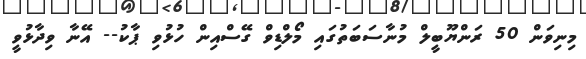
މިނިވަން 50 ރަންޔޫބީލް މުނާސަބަތުގައި މޯލްޑިވް ގޭސްއިން ހުޅުވި ޕާކު-- އޭނާ ވިދާޅުވީ